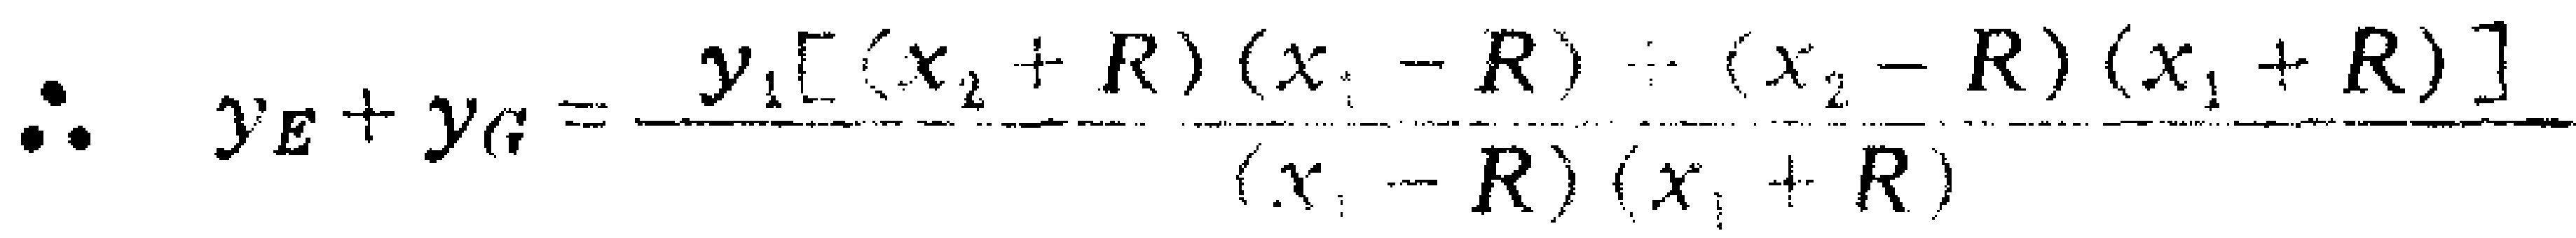
\(\therefore \quad y_{E}+y_{G}=\frac{y_{1}\left[\left(x_{2}+R\right)\left(x_{1}-R\right)+\left(x_{2}-R\right)\left(x_{1}+R\right)\right]}{\left(x_{1}-R\right)\left(x_{1}+R\right)}\)